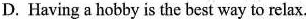
D. Having a hobby is the best way to relax.